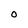
Character: O